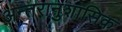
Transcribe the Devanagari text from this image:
अन्तरानुशासिक